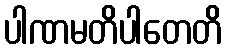
ပါဏမတိပါတေတိ